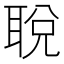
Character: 𬚜